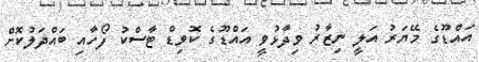
އައްޑޫގެ މޭޔަރު އަލީ ނިޒާރު ވިދާޅުވީ އައްޑޫގެ ކޮވިޑް ޓާސްކު ފޯހާއި ބައްދަލުކޮށް